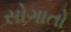
સોગાતો